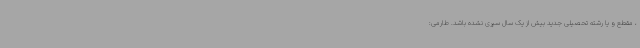
، مقطع و یا رشته تحصیلی جدید بیش از یک سال سپری نشده باشد. طارمی: